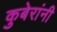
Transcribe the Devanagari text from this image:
कुबेरांनी